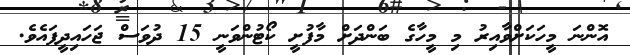
އޮންނަ މީހަކަށްވާއިރު މި މީހާގެ ބަންދަށް މާފުށީ ކޯޓުންވަނީ 15 ދުވަސް ޖަހައިދީފައެވެ.